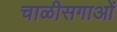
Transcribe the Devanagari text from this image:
चाळीसगाओं